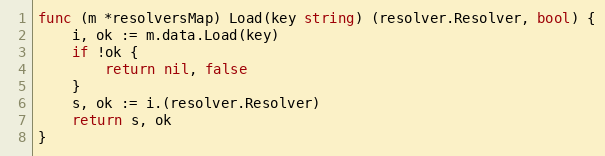
Language: Go
func (m *resolversMap) Load(key string) (resolver.Resolver, bool) {
	i, ok := m.data.Load(key)
	if !ok {
		return nil, false
	}
	s, ok := i.(resolver.Resolver)
	return s, ok
}